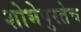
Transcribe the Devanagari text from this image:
शोभेपुरतेच